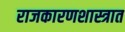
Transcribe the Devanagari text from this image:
राजकारणशास्त्रात